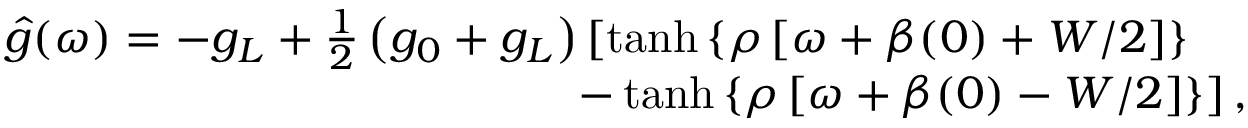
\begin{array} { r l r } & { } & { \hat { g } ( \omega ) = - g _ { L } + \frac { 1 } { 2 } \left( g _ { 0 } + g _ { L } \right) \left[ \operatorname { t a n h } \left\lbrace \rho \left[ \omega + \beta ( 0 ) + W / 2 \right] \right\rbrace \right. } \\ & { } & { \left. - \operatorname { t a n h } \left\lbrace \rho \left[ \omega + \beta ( 0 ) - W / 2 \right] \right\rbrace \right] , \! \! \! \! \! \! \! } \end{array}